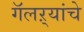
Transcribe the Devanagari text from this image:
गॅलऱ्यांचे